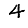
Digit: 4